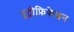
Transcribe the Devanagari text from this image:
यूट्रोफ़िकेशन